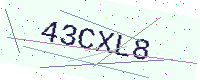
Text: 43CXL8